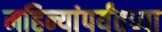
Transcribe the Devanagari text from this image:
महिन्यांपर्यंतच्या